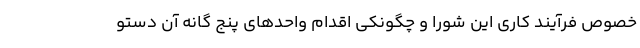
خصوص فرآیند کاری این شورا و چگونکی اقدام واحدهای پنج گانه آن دستو